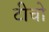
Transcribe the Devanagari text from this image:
टीचो